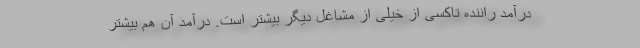
درآمد راننده تاکسی از خیلی از مشاغل دیگر بیشتر است. درآمد آن هم بیشتر